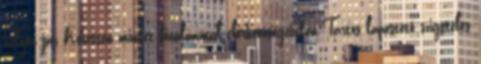
helyen jár Keressen minket bizalommal elérhetőségeinken Tartós lapostető szigetelés